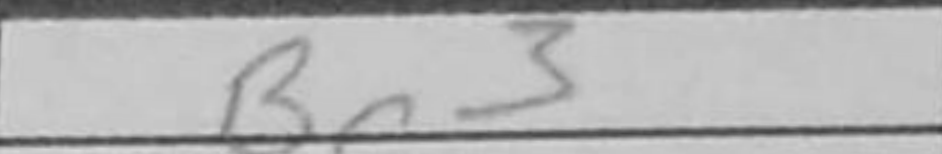
Transcription: Bg3